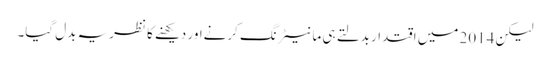
لیکن 2014 میں اقتدار بدلتے ہی مانیٹرنگ کرنےاور دیکھنے کا نظریہ بدل گیا۔